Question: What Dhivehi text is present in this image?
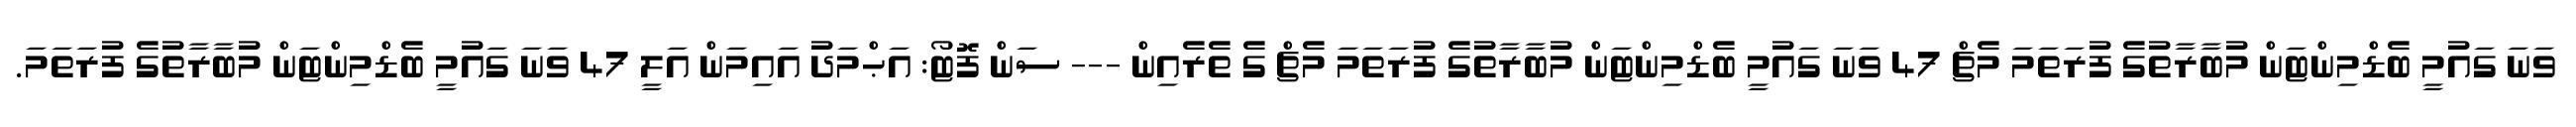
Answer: ވަނަ ގައުމީ ބެޑްމިންޓަން މުބާރާތުގެ ފުރަތަމަ މެޗް 47 ވަނަ ގައުމީ ބެޑްމިންޓަން މުބާރާތުގެ ފުރަތަމަ މެޗް ގެ ތެރެއިން --- ސަން ފޮޓޯ: އަޙްމަދު އައިމަން އަލީ 47 ވަނަ ގައުމީ ބެޑްމިންޓަން މުބާރާތުގެ ފުރަތަމަ.